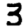
Digit: 3